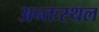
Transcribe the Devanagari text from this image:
अन्तःस्थल